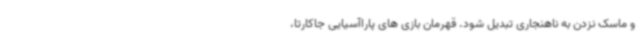
و ماسک نزدن به ناهنجاری تبدیل شود. قهرمان بازی های پاراآسیایی جاکارتا،